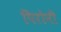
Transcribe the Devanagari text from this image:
पिरोनी